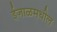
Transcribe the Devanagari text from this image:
ईजाळमधील